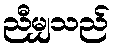
ညီမျှသည်